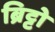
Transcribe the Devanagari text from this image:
ब्रिट्टो